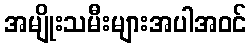
အမျိုးသမီးများအပါအဝင်